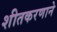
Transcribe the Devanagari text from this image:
शीतकरणाने